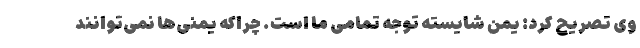
وی تصریح کرد: یمن شایسته توجه تمامی ما است. چراکه یمنی‌ها نمی‌توانند